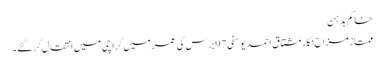
خاکم بدہن
ممتاز مزاح نگار مشتاق احمد یوسفی 97 برس کی عمر میں کراچی میں انتقال کرگئے۔